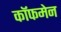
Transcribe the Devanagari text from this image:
कॉफमेन